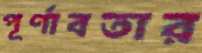
পূর্ণাবতার